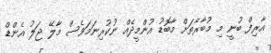
އާރިފް ބުނީ މި މުބާރާތަށް މާބޮޑު އުންމީދެއް ނުކުރިނަމަވެސް މާލޭ ޖަލު އެންޑް